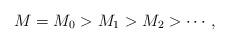
LaTeX: \begin{align*} M = M_0 > M_1 > M_2 > \cdots, \end{align*}